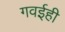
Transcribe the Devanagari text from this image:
गवईही